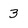
Character: 3